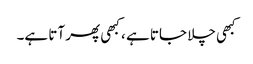
کبھی چلا جاتا ہے ، کبھی پھر آتا ہے۔